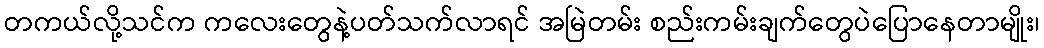
တကယ်လို့သင်က ကလေးတွေနဲ့ပတ်သက်လာရင် အမြဲတမ်း စည်းကမ်းချက်တွေပဲပြောနေတာမျိုး၊